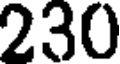
230